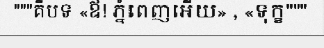
"""គឺបទ «ឪ! ភ្នំពេញអើយ» , «ទុក្ខ"""